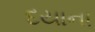
દયાના